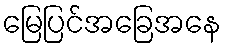
မြေပြင်အခြေအနေ